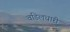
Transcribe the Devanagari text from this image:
वडिलधारी